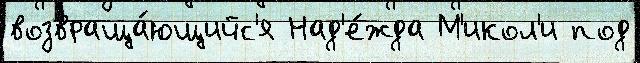
возвраща́ющийс'я Над'е́жда М'икол'и под